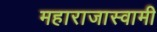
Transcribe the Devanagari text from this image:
महाराजास्‍वामी